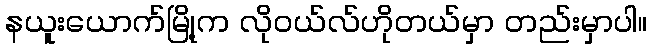
နယူးယောက်မြို့က လိုဝယ်လ်ဟိုတယ်မှာ တည်းမှာပါ။